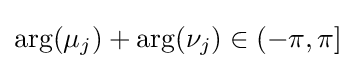
\operatorname {arg} (\mu _{j})+\operatorname {arg} (\nu _{j})\in (-\pi ,\pi ]